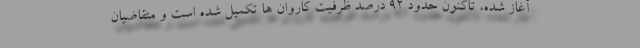
آغاز شده، تاکنون حدود ۹۲ درصد ظرفیت کاروان ها تکمیل شده است و متقاضیان